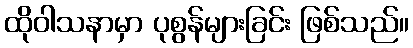
ထိုဝါသနာမှာ ပုစွန်များခြင်း ဖြစ်သည်။